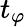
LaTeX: t_{\varphi}